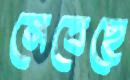
নেবেছে